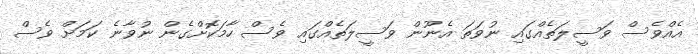
އެއްވެސް ވަސީލަތެއްގައި ނުވަތަ އެނޫން ވަސީލަތެއްގައި ވެސް ހާމަކޮށްގެން ނުވާނެ ކަމަށް ވެސް